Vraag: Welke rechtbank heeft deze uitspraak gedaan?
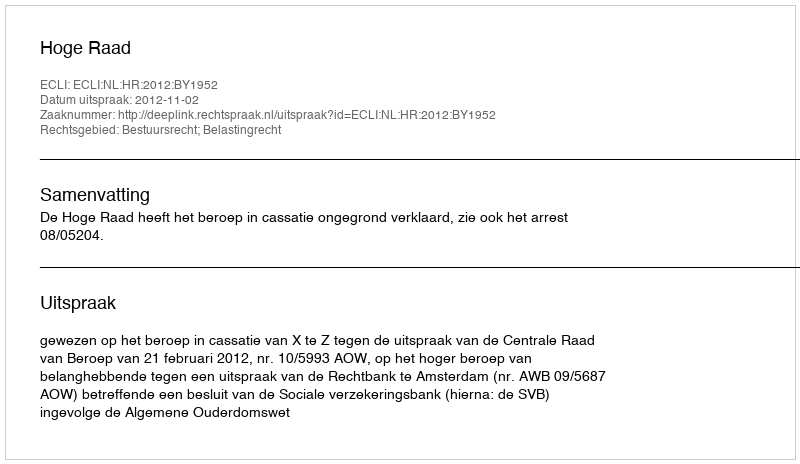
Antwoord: Hoge Raad